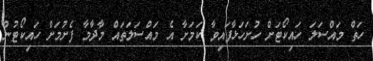
ހަތް މައްސަލަ ހައިކޯޓަށް ހުށަހަޅާފައިވާ ކަމަށާ އެ މައްސަލަތައް މާދާމާ ފެށުމަށް ހައިކޯޓުން